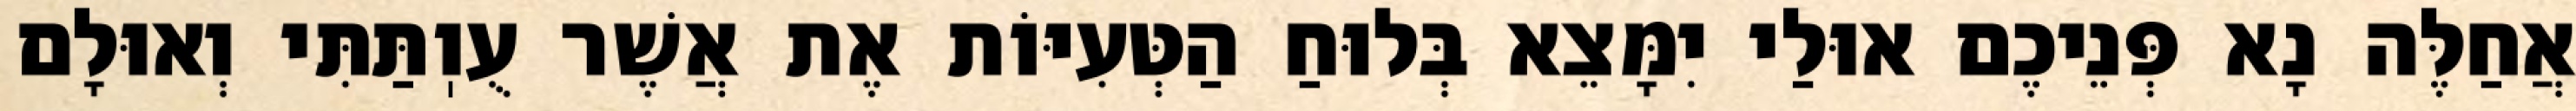
אֲחַלֶּה נָא פְּנֵיכֶם אוּלַי יִמָּצֵא בְּלוּחַ הַטְּעִיּוֹת אֶת אֲשֶׁר עֻוֽתַּתִּי וְאוּלָם